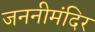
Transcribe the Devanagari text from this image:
जननीमंदिर